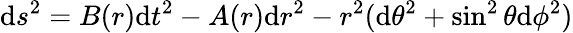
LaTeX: \mathrm{d}s^{2}=B(r)\mathrm{d}t^{2}-A(r)\mathrm{d}r^{2}-r^{2}(\mathrm{d}\theta^{2}+\sin^{2}\theta\mathrm{d}\phi^{2})